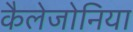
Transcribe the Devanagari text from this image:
कैलेजोनिया